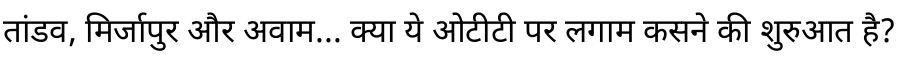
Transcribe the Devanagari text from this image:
तांडव, मिर्जापुर और अवाम... क्या ये ओटीटी पर लगाम कसने की शुरुआत है?